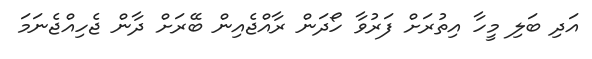
އަދި ބަލި މީހާ އިތުރަށް ފަރުވާ ހޯދަން ރާއްޖެއިން ބޭރަށް ދާން ޖެހިއްޖެނަމަ